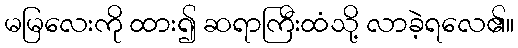
မမြလေးကို ထား၍ ဆရာကြီးထံသို့ လာခဲ့ရလေ၏။